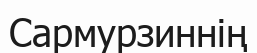
Сармурзиннің